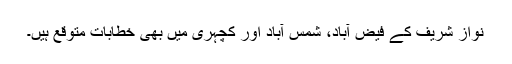
نواز شریف کے فیض آباد، شمس آباد اور کچہری میں بھی خطابات متوقع ہیں۔